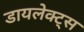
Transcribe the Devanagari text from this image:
डायलेक्ट्स